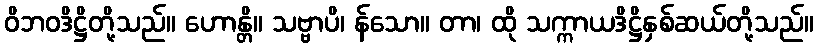
ဝိဘဝဒိဋ္ဌိတို့သည်။ ဟောန္တိ။ သဗ္ဗာပိ၊ န်သော။ တာ၊ ထို သက္ကာယဒိဋ္ဌိနှစ်ဆယ်တို့သည်။